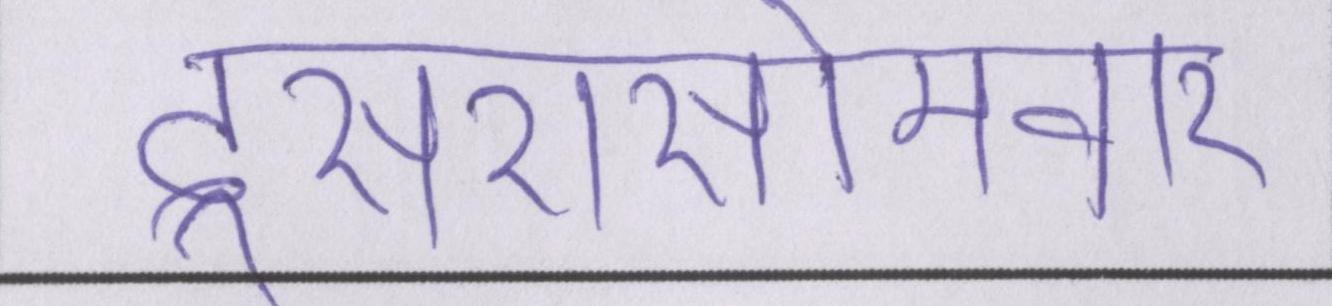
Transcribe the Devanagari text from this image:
दूसरासोमवार